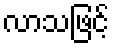
လာသဖြင့်